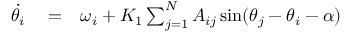
\begin{array} { r l r } { \dot { \theta _ { i } } } & { { } = } & { \omega _ { i } + K _ { 1 } \sum _ { j = 1 } ^ { N } A _ { i j } \sin ( \theta _ { j } - \theta _ { i } - \alpha ) } \end{array}